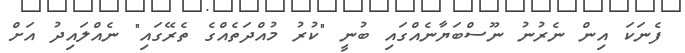
ފެނަކަ އިން ނެރުނު ނޫސްބަޔާނެއްގައި ބުނީ "ކުރު މުއްދަތެެއްގެ ތެރޭގައި" ނެއްލައިދު އަށް